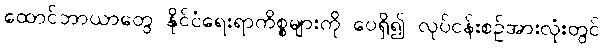
ထောင်ဘာယာတွေ နိုင်ငံရေးရာကိစ္စများကို ပေရှိ၍ လုပ်ငန်းစဉ်အားလုံးတွင်